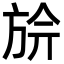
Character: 㫅